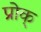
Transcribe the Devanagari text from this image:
प्रोक्